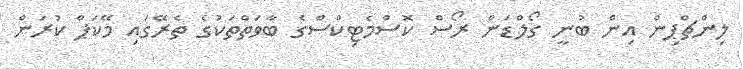
ލިންޗްޕިން އިން ބުނީ ގޯލްޑަން ރޯސް ކޮސްމެޓިކްސްގެ ބާވަތްތަކުގެ ތެރޭގައި މޭކަޕް ކުރަން